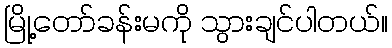
မြို့တော်ခန်းမကို သွားချင်ပါတယ်။